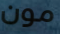
مون